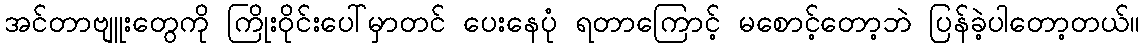
အင်တာဗျူးတွေကို ကြိုးဝိုင်းပေါ်မှာတင် ပေးနေပုံ ရတာကြောင့် မစောင့်တော့ဘဲ ပြန်ခဲ့ပါတော့တယ်။